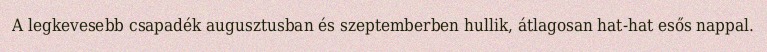
A legkevesebb csapadék augusztusban és szeptemberben hullik, átlagosan hat-hat esős nappal.